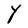
Character: Y